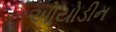
ઓયોડીન